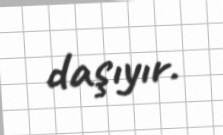
daşıyır.